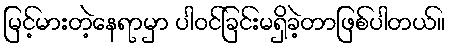
မြင့်မားတဲ့နေရာမှာ ပါဝင်ခြင်းမရှိခဲ့တာဖြစ်ပါတယ်။